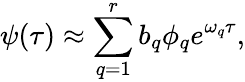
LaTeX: \psi(\tau)\approx\sum_{q=1}^{r}b_{q}\phi_{q}e^{\omega_{q}\tau},